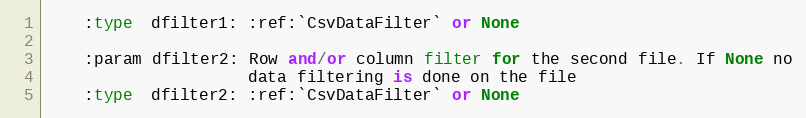
Language: Python
    :type  dfilter1: :ref:`CsvDataFilter` or None

    :param dfilter2: Row and/or column filter for the second file. If None no
                     data filtering is done on the file
    :type  dfilter2: :ref:`CsvDataFilter` or None